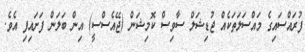
ފުރައްސައިގެ މައްސަލަތަކެއް ޖުޑިޝަލް ސާވިސް ކޮމިޝަން (ޖޭއެސްސީ) އިން ބަލަން ފަށައިފި އެވެ.